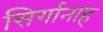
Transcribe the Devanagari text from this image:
सिर्गानाह